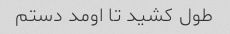
طول کشید تا اومد دستم